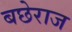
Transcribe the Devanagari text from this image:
बछेराज